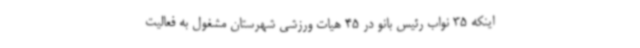
اینکه 35 نواب رئیس بانو در 45 هیات ورزشی شهرستان مشغول به فعالیت